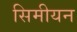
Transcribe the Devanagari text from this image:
सिमीयन